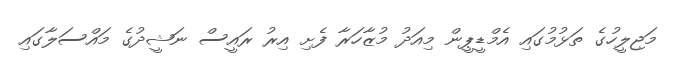
މަޖިލީހުގެ ތަޅުމުގައި އެމްޑީޕީން މިއަދު މުޒާހަރާ ފެށި އިރު ރައީސް ނަޝީދުގެ މައްސަލާގައި